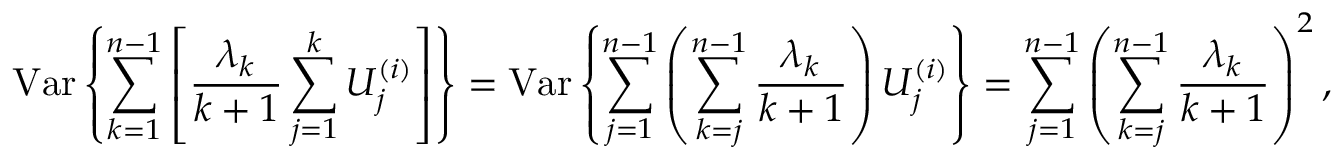
\mathrm { V a r } \left\{ \sum _ { k = 1 } ^ { n - 1 } \left[ \frac { \lambda _ { k } } { k + 1 } \sum _ { j = 1 } ^ { k } U _ { j } ^ { ( i ) } \right] \right\} = \mathrm { V a r } \left\{ \sum _ { j = 1 } ^ { n - 1 } \left( \sum _ { k = j } ^ { n - 1 } \frac { \lambda _ { k } } { k + 1 } \right) U _ { j } ^ { ( i ) } \right\} = \sum _ { j = 1 } ^ { n - 1 } \left( \sum _ { k = j } ^ { n - 1 } \frac { \lambda _ { k } } { k + 1 } \right) ^ { 2 } ,